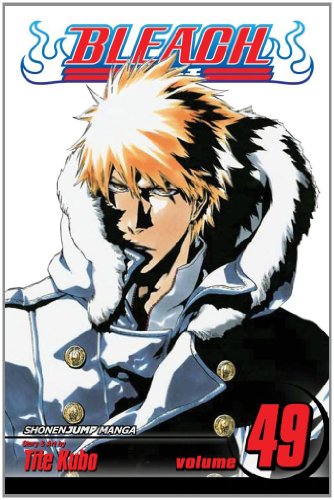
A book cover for Bleach, Vol. 49: The Lost Agent; Tite Kubo; Teen & Young Adult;